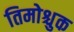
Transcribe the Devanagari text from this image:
तिमोश्चुक